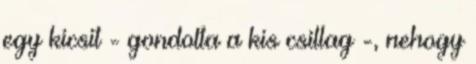
egy kicsit - gondolta a kis csillag -, nehogy